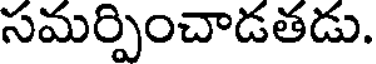
సమర్పించాడతడు.